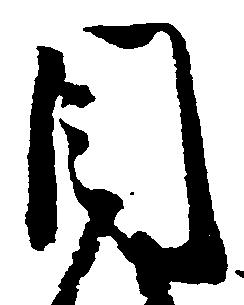
目